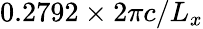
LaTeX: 0.2792\times 2\pi c/L_{x}